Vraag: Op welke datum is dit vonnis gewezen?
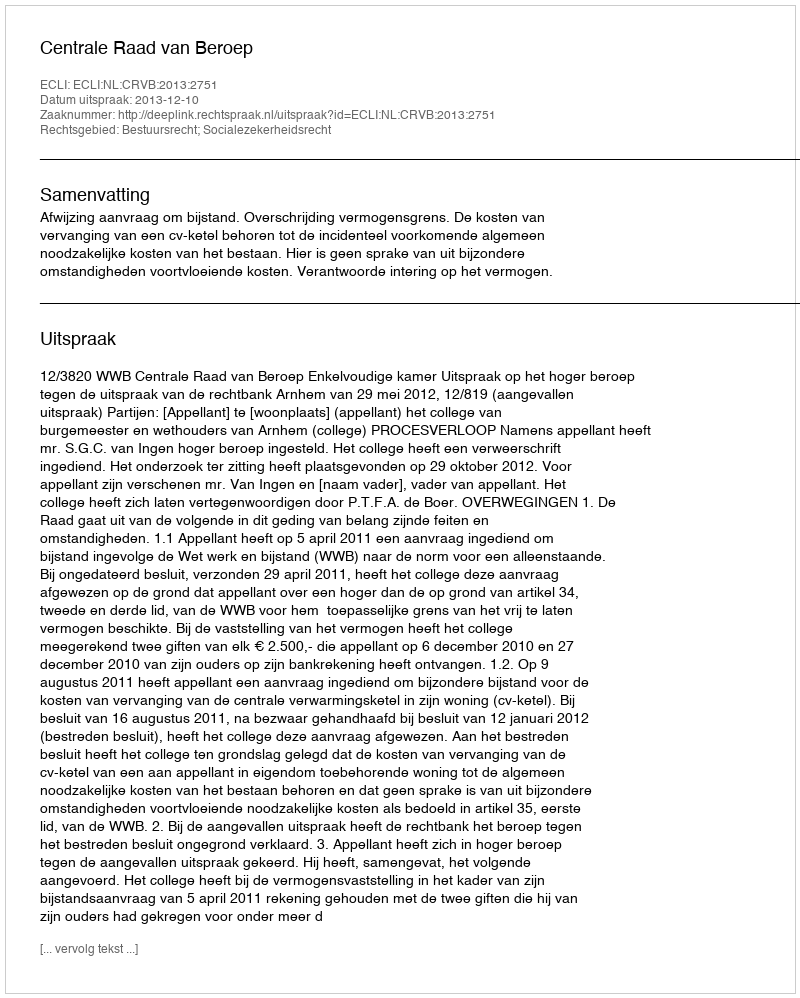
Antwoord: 2013-12-10